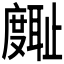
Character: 𪪪